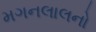
મગનલાલનો